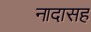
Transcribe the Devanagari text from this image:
नादासह